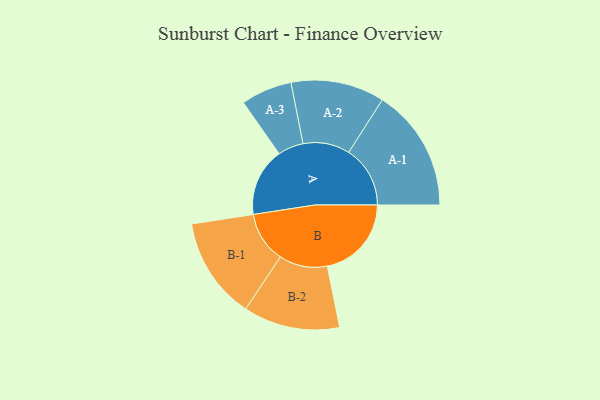
{"axis": {"x": "Segment", "y": "Value"}, "legend": ["", "A", "B"], "data": [{"x": "A", "y": 331, "type": ""}, {"x": "B", "y": 408, "type": ""}, {"x": "A-1", "y": 298, "type": "A"}, {"x": "A-2", "y": 227, "type": "A"}, {"x": "A-3", "y": 124, "type": "A"}, {"x": "B-1", "y": 247, "type": "B"}, {"x": "B-2", "y": 234, "type": "B"}]}